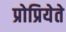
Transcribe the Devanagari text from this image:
प्रोप्रियेते